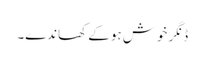
ڈنگر خوش ہو کے کھاندے۔